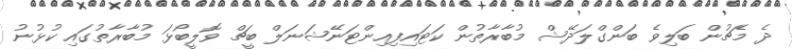
ދެ މެޗުން ބަލިވެ ބަންގްލަދޭޝް މުބާރާތުން ކަޓައިފިއިންޓަނޭޝަނަލް ބީޗް ވޮލީބޯޅަ މުބާރާތުގައި ކުޅުނު